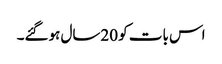
اس بات کو 20سال ہوگئے۔